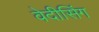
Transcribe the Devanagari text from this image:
वेदीसिंग